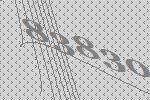
83830